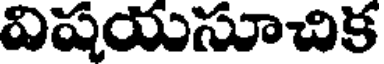
విషయసూచిక